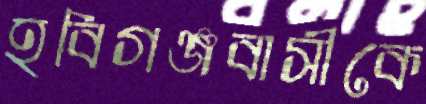
হবিগঞ্জবাসীকে